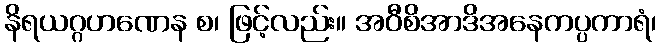
နိရယဂ္ဂဟဏေန စ၊ ဖြင့်လည်း။ အဝီစိအာဒိအနေကပ္ပကာရံ၊